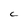
Character: C